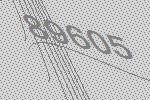
89605